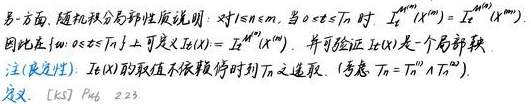
另一方面, 随机积分局部性质说明: 对 $1 \leq n \leq m$, 当 $0 \leq s \leq T$ 时, $I_{s}^{T_{n}}(X^{m})=I_{s}^{T_{n}}(X^{n})$. 因此在 $\{\omega: 0 \leq s \leq T_{n}\}$ 上可定义 $I_{s}(X)=I_{s}^{T_{n}}(X^{n})$. 并可验证 $I_{s}(X)$ 是一个局部鞅.
注 (良定性): $I_{s}(X)$ 的取值不依赖停时时刻 $T_{n}$ 之选取. (考虑 $T_{n}=T_{n}^{(1)} \wedge T_{n}^{(2)}$).
定义. [KST] $P_{a g e}$ 223